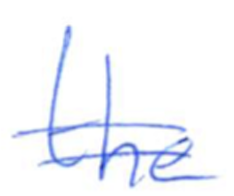
Text: the
Cross-out: double-line
Writing tool: ballpoint